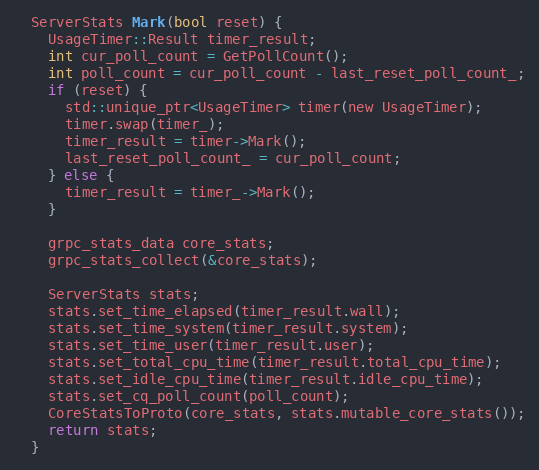
Language: C
  ServerStats Mark(bool reset) {
    UsageTimer::Result timer_result;
    int cur_poll_count = GetPollCount();
    int poll_count = cur_poll_count - last_reset_poll_count_;
    if (reset) {
      std::unique_ptr<UsageTimer> timer(new UsageTimer);
      timer.swap(timer_);
      timer_result = timer->Mark();
      last_reset_poll_count_ = cur_poll_count;
    } else {
      timer_result = timer_->Mark();
    }

    grpc_stats_data core_stats;
    grpc_stats_collect(&core_stats);

    ServerStats stats;
    stats.set_time_elapsed(timer_result.wall);
    stats.set_time_system(timer_result.system);
    stats.set_time_user(timer_result.user);
    stats.set_total_cpu_time(timer_result.total_cpu_time);
    stats.set_idle_cpu_time(timer_result.idle_cpu_time);
    stats.set_cq_poll_count(poll_count);
    CoreStatsToProto(core_stats, stats.mutable_core_stats());
    return stats;
  }